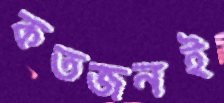
কতজনই